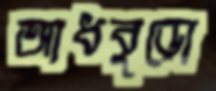
আধবুড়ো